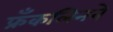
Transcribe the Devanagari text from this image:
फ्रँकलिनने